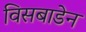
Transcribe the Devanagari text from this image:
विसबाडेन